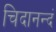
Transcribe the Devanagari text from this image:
चिदानन्दं